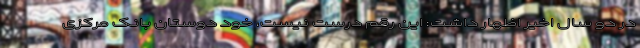
در دو سال اخیر اظهار داشت: این رقم درست نیست، خود دوستان بانک مرکزی